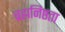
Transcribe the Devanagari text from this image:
ब्रह्मनिष्ठता